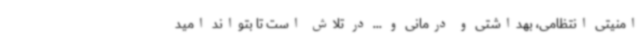
امنیتی انتظامی، بهداشتی و درمانی و ... در تلاش است تا بتواند امید